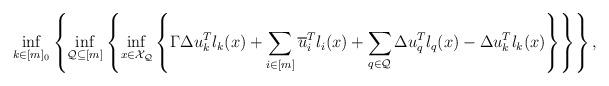
LaTeX: \begin{align*}\inf_{k \in [m]_0} & \left\{ \inf_{\mathcal{Q} \subseteq [m]} \left\{ \inf_{x \in \mathcal{X_\mathcal{Q}}} \left\{ \Gamma \Delta u_k^T l_k(x) + \sum_{i \in [m]} \overline{u}_i^Tl_i(x) + \sum_{q \in \mathcal{Q}} \Delta u_q^T l_q(x) - \Delta u_k^T l_k(x) \right\} \right\} \right\},\end{align*}